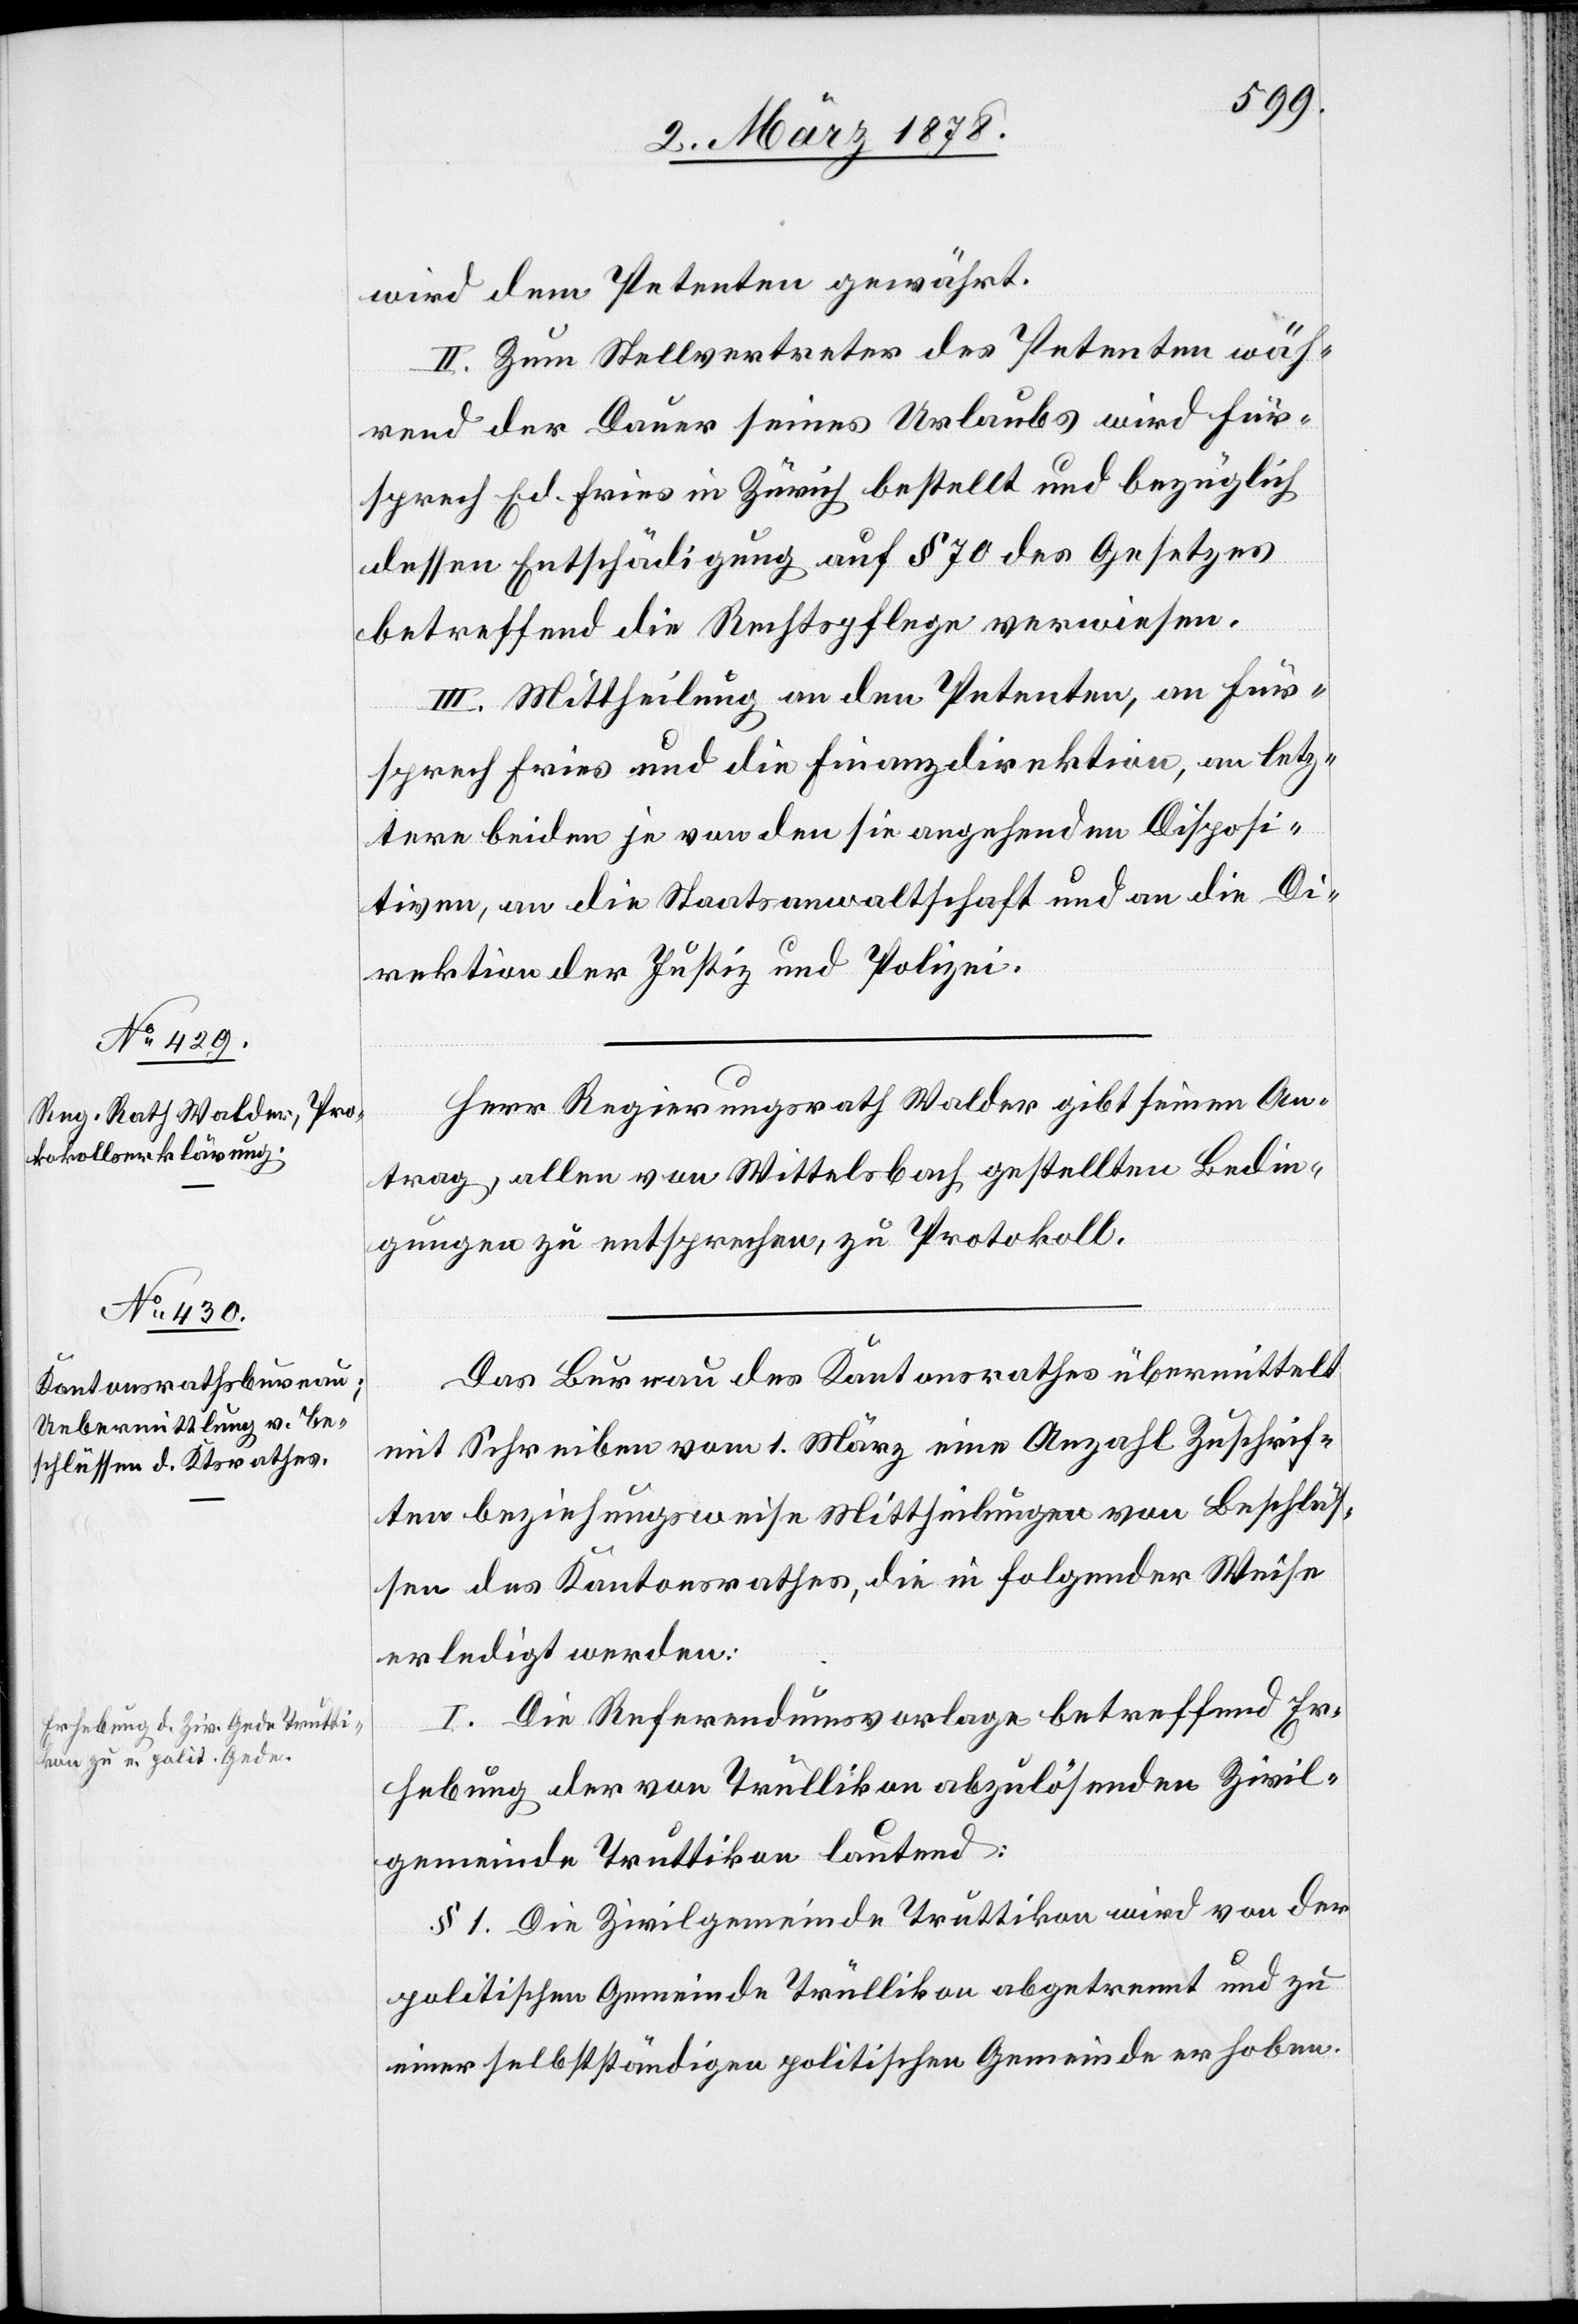
wird dem Petenten gewährt.
II. Zum Stellvertreter des Petenten wäh¬
rend der Dauer seines Urlaubs wird Für¬
sprech Ed. Fries in Zürich bestellt und bezüglich
dessen Entschädigung auf § 70 des Gesetzes
betreffend die Rechtspflege verwiesen.
III. Mittheilung an den Petenten, an Für¬
sprech Fries und die Finanzdirektion, an letz¬
tere beiden je von den sie angehenden Disposi¬
tiven, an die Staatsanwaltschaft und an die Di¬
rektion der Justiz und Polizei.
Herr Regierungsrath Walder gibt seinen An¬
trag, allen von Wittelsbach gestellten Bedin¬
gungen zu entsprechen, zu Protokoll.
Das Bureau des Kantonsrathes übermittelt
mit Schreiben vom 1. März eine Anzahl Zuschrif¬
ten beziehungsweise Mittheilungen von Beschlüs¬
sen des Kantonsrathes, die in folgender Weise
erledigt werden:
I. die Referendumsvorlage betreffend Er¬
hebung der von Trüllikon abzulösenden Zivil¬
gemeinde Truttikon lautend:
§ 1. Die Zivilgemeinde Truttikon wird von der
politischen Gemeinde Trüllikon abgetrennt und zu
einer selbstständigen politischen Gemeinde erhoben.